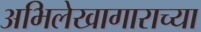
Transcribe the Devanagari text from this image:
अभिलेखागाराच्या